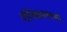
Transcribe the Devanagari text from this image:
योनिकमलाच्या